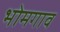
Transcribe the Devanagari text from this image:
भोमगाव